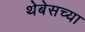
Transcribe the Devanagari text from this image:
थेबेसच्या